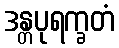
ဒန္တပုရက္ခတံ